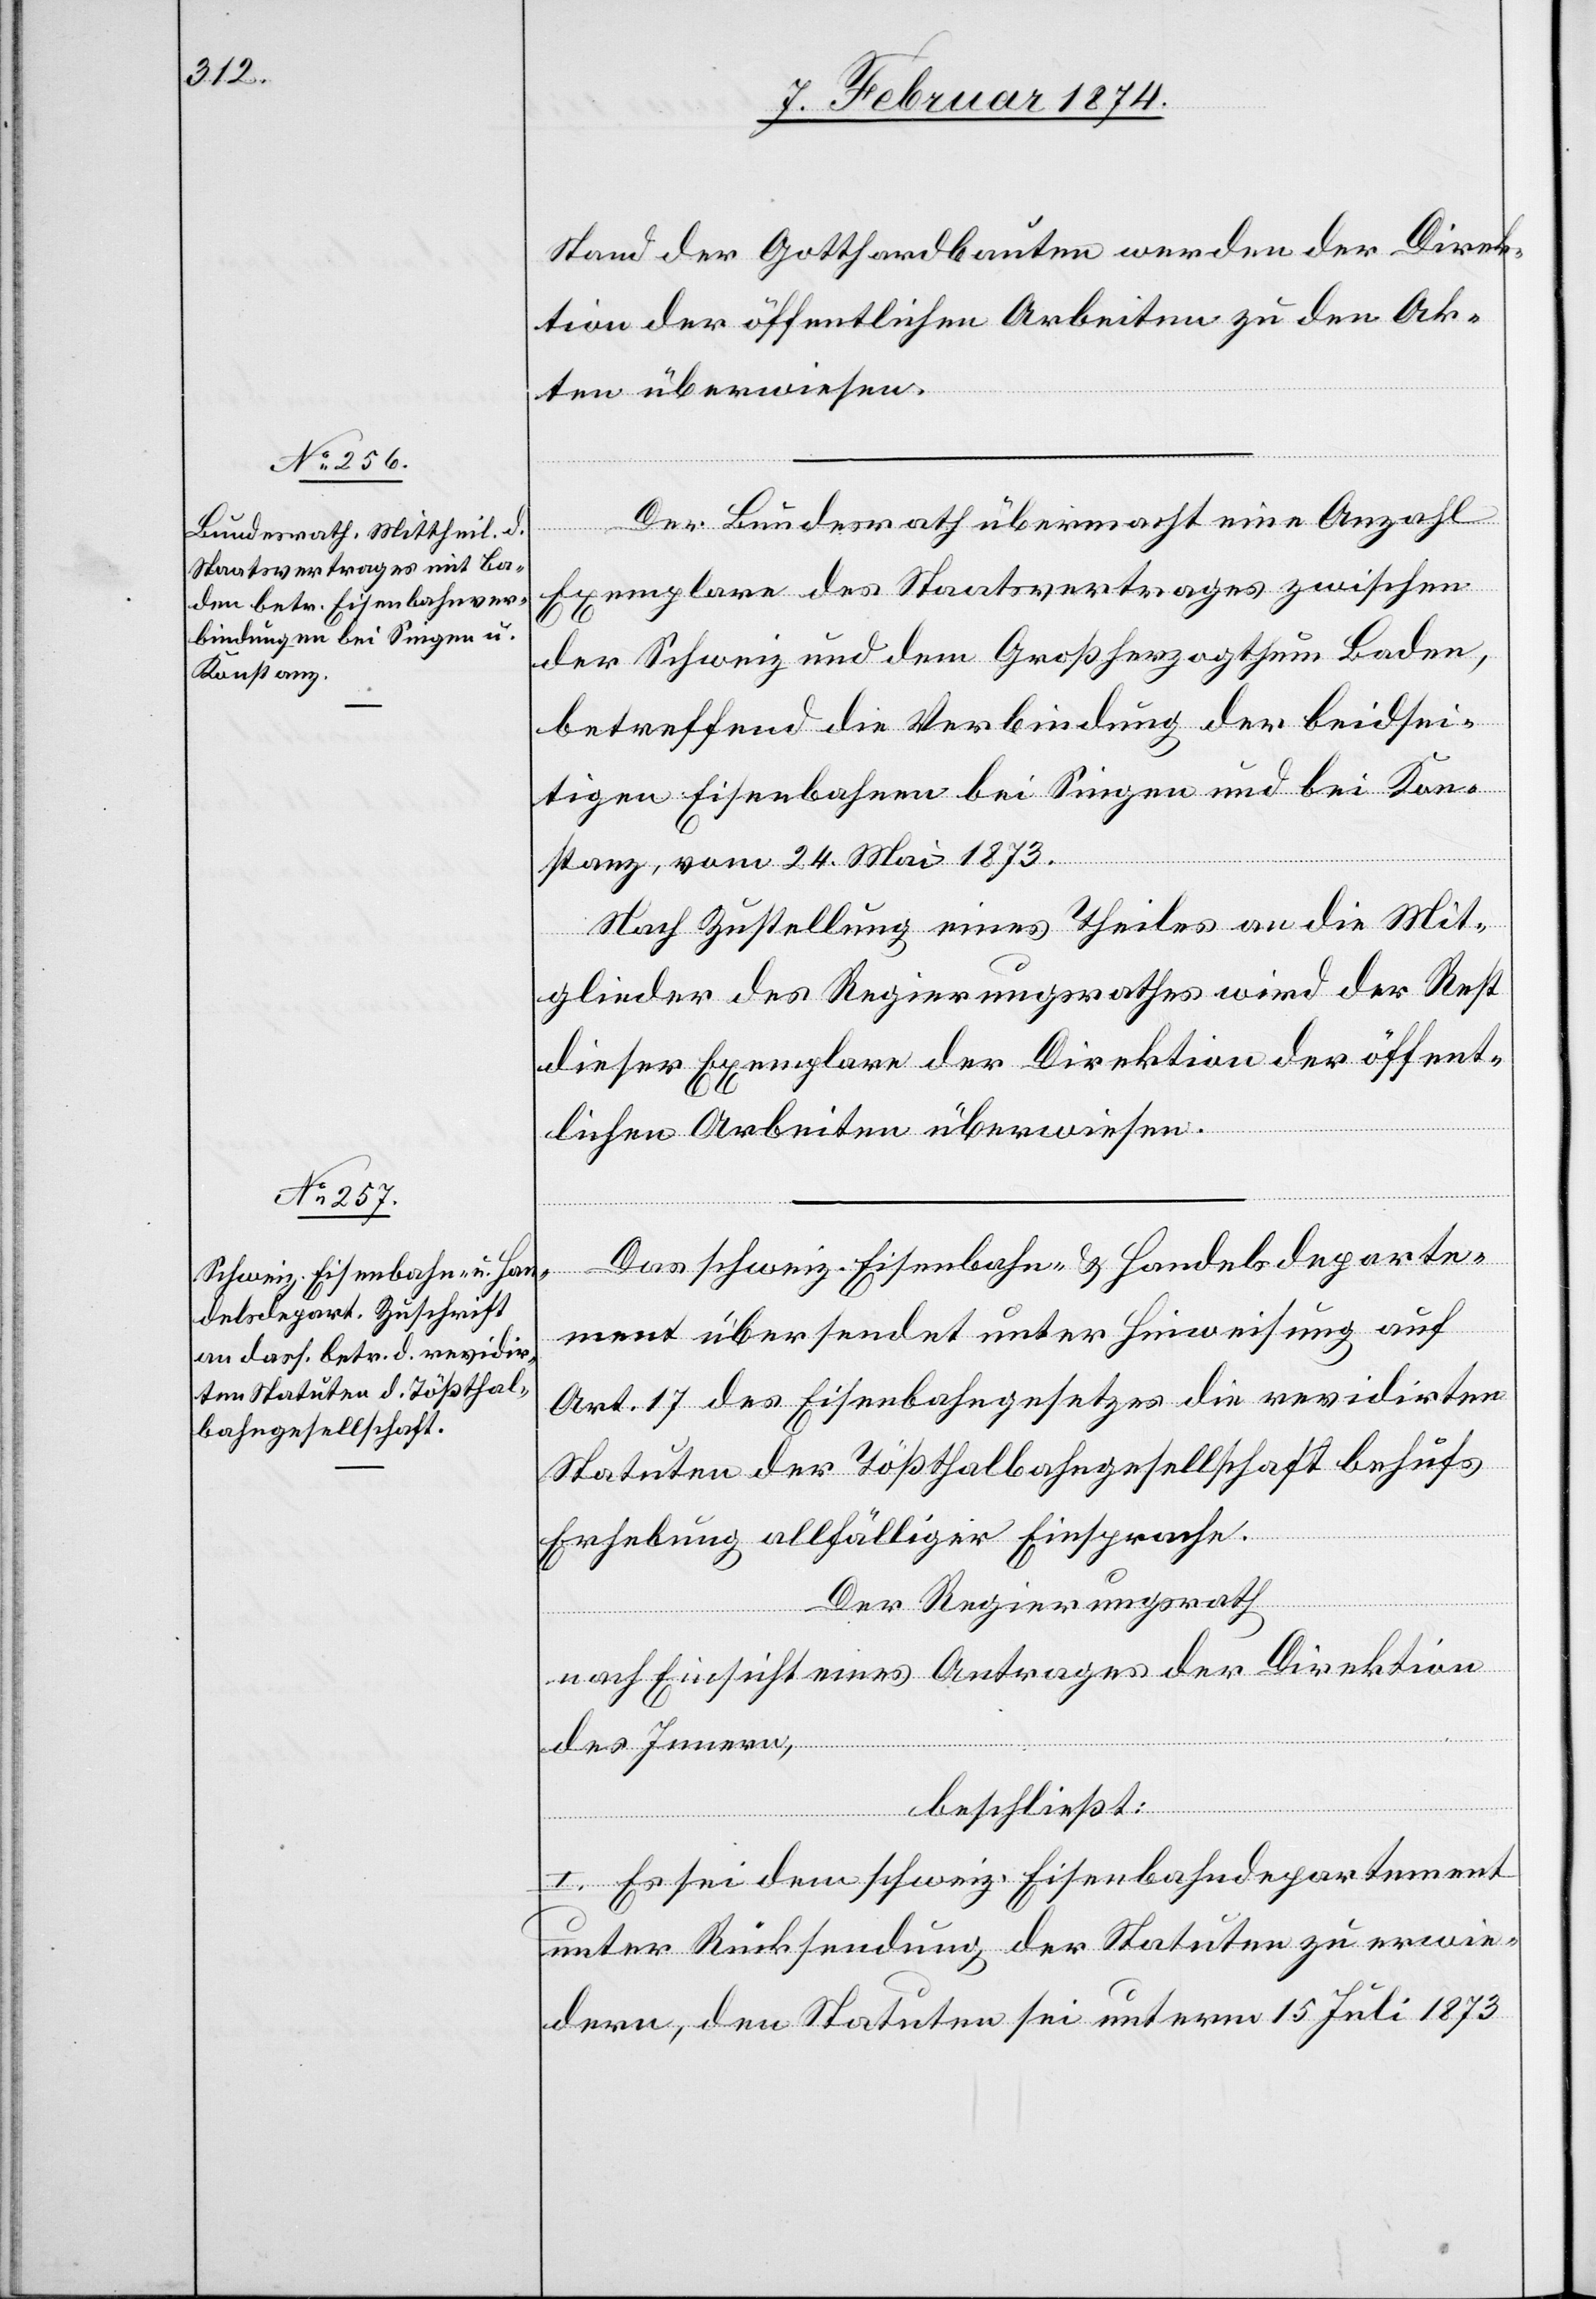
Stand der Gotthardbauten werden der Direk¬
tion der öffentlichen Arbeiten zu den Ak¬
ten überwiesen.
Der Bundesrath übermacht eine Anzahl
Exemplare des Staatsvertrages zwischen
der Schweiz und dem Großherzogthum Baden,
betreffend die Verbindung der beidsei¬
tigen Eisenbahnen bei Singen und bei Kon¬
stanz, vom 24. Mai 1873.
Nach Zustellung eines Theiles an die Mit¬
glieder des Regierungsrathes wird der Rest
dieser Exemplare der Direktion der öffent¬
lichen Arbeiten überwiesen.
Das schweiz. Eisenbahn- u. Handelsdeparte¬
ment übersendet unter Hinweisung auf
Art. 17 des Eisenbahngesetzes die revidirten
Statuten der Tößthalbahngesellschaft behufs
Erhebung allfälliger Einsprache.
Der Regierungsrath
nach Einsicht eines Antrages der Direktion
des Innern,
beschließt:
I. Es sei dem schweiz. Eisenbahndepartement
unter Rücksendung der Statuten zu erwie¬
dern, den Statuten sei unterm 15. Juli 1873